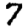
Digit: 7